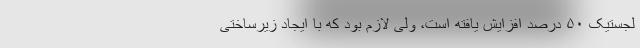
لجستیک ۵۰ درصد افزایش یافته است، ولی لازم بود که با ایجاد زیرساختی